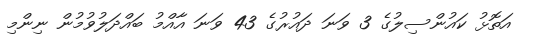
އަތޮޅު ކައުންސިލުގެ 3 ވަނަ ދައުރުގެ 43 ވަނަ އާއްމު ބައްދަލުވުމުން ނިންމި